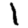
Digit: 1